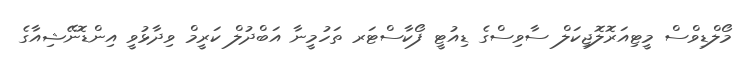
މޯލްޑިވްސް މީޓިއަރޮލޮޖިކަލް ސާވިސްގެ ޑިއުޓީ ފޯކާސްޓަރ ތަހުމީނާ އަބްދުލް ކަރީމް ވިދާޅުވީ އިންޑޮނޭޝިއާގެ